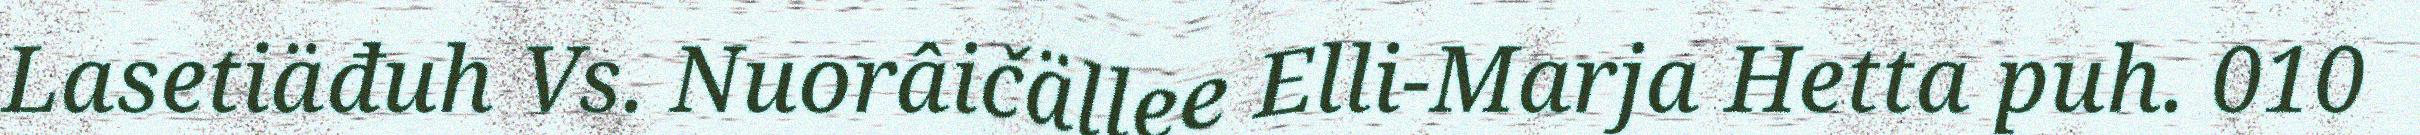
Lasetiäđuh Vs. Nuorâičällee Elli-Marja Hetta puh. 010